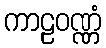
ကာဠဝဏ္ဏံ